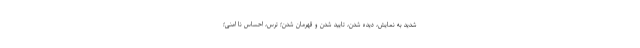
شدید به نمایش، دیده شدن، تایید شدن و قهرمان شدن؛ ترس، احساس نا امنی؛